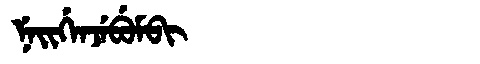
Manchu: ᠨᡝᡳᡤᡝᠨᠵᡝᠪᡠᠮᠪᡳ
Romanization: NEIGENJEBUMBI